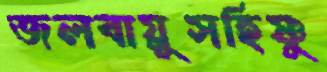
জলবায়ুসহিষ্ণু